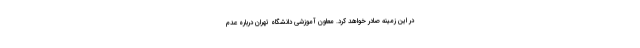
در این زمینه صادر خواهد کرد. معاون آموزشی دانشگاه تهران درباره‌ عدم